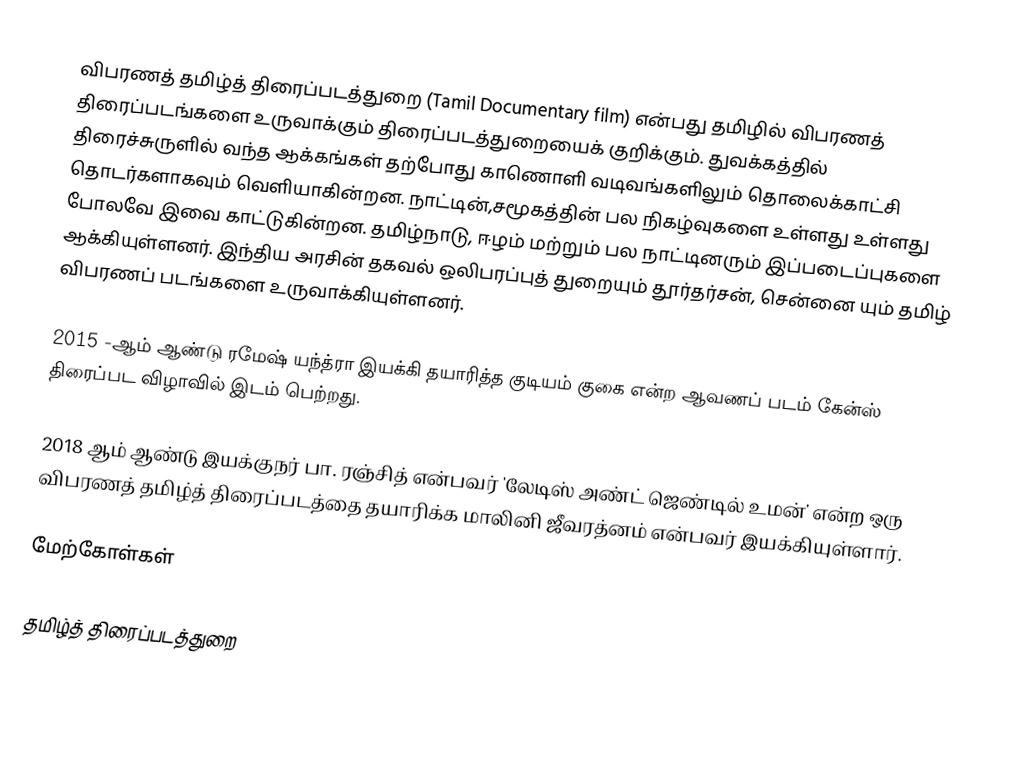
விபரணத் தமிழ்த் திரைப்படத்துறை (Tamil Documentary film) என்பது தமிழில் விபரணத் திரைப்படங்களை உருவாக்கும் திரைப்படத்துறையைக் குறிக்கும். துவக்கத்தில் திரைச்சுருளில் வந்த ஆக்கங்கள் தற்போது காணொளி வடிவங்களிலும் தொலைக்காட்சி தொடர்களாகவும் வெளியாகின்றன. நாட்டின்,சமூகத்தின் பல நிகழ்வுகளை உள்ளது உள்ளது போலவே இவை காட்டுகின்றன. தமிழ்நாடு, ஈழம் மற்றும் பல நாட்டினரும் இப்படைப்புகளை ஆக்கியுள்ளனர். இந்திய அரசின் தகவல் ஒலிபரப்புத் துறையும் தூர்தர்சன், சென்னை யும் தமிழ் விபரணப் படங்களை உருவாக்கியுள்ளனர்.

2015 -ஆம் ஆண்டு  ரமேஷ் யந்த்ரா  இயக்கி  தயாரித்த குடியம் குகை என்ற ஆவணப் படம் கேன்ஸ் திரைப்பட விழாவில் இடம் பெற்றது.

2018 ஆம் ஆண்டு இயக்குநர் பா. ரஞ்சித் என்பவர் 'லேடிஸ் அண்ட் ஜெண்டில் உமன்' என்ற ஒரு விபரணத் தமிழ்த் திரைப்படத்தை தயாரிக்க மாலினி ஜீவரத்னம் என்பவர் இயக்கியுள்ளார்.

மேற்கோள்கள்

தமிழ்த் திரைப்படத்துறை